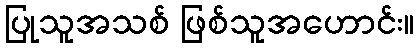
ပြုသူအသစ် ဖြစ်သူအဟောင်း။